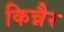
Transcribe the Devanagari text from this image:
किन्नैर